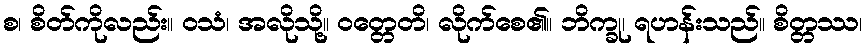
စ၊ စိတ်ကိုလည်း။ ဝသံ၊ အလိုသို့။ ဝတ္တေတိ၊ လိုက်စေ၏။ ဘိက္ခု၊ ရဟန်းသည်။ စိတ္တဿ၊